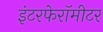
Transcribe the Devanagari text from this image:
इंटरफेरॉमीटर